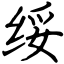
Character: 绥